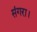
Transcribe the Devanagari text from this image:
संगरा।